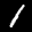
Label: 1